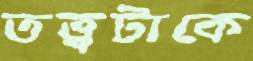
তত্ত্বটাকে